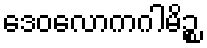
ဒေဝလောကဂါမိဉ္စ